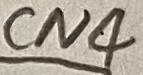
Text: CN4